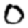
Digit: 0